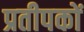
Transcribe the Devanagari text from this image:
प्रतीपकों